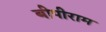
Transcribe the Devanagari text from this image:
बीपीराम